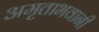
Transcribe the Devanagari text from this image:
अमृताभवानी